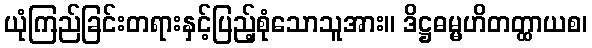
ယုံကြည်ခြင်းတရားနှင့်ပြည့်စုံသောသူအား။ ဒိဋ္ဌဓမ္မဟိတတ္ထာယစ၊